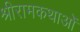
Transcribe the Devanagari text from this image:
श्रीरामकथाओं